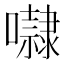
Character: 㘑